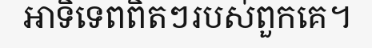
អាទិទេពពិតៗរបស់ពួកគេ។